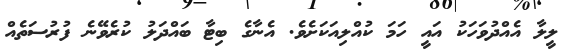
ލީލާ އެއްދުވަހަކު އައީ ހަމަ ކުއްލިއަކަށެވެ. އެނާގެ ބިޓާ ބައްދަލު ކުރެވޭނެ ފުރުސަތެއް